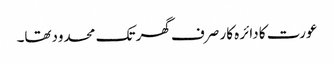
عورت کا دائرہ کار صرف گھر تک محدودتھا۔